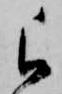
ら